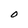
Character: O